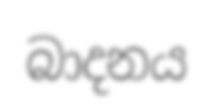
බාදනය